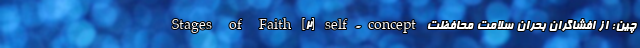
Stages of Faith [۲] self-concept چین: از افشاگران بحران‌ سلامت محافظت